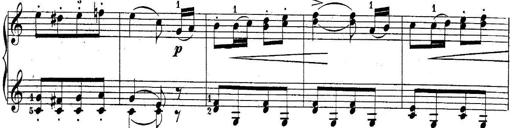
Title: 10 Sonatines progressives
Composer: Anton Schmoll